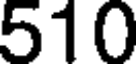
510